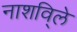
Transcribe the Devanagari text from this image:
नाशवि्ले